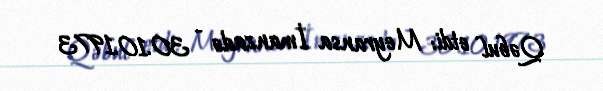
Qəbul etdi: Meyransa İmanzadə - 30.10.1973